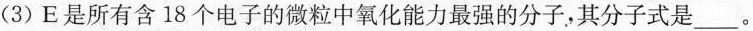
(3)E是所有含18个电子的微粒中氧化能力最强的分子，其分子式是___。